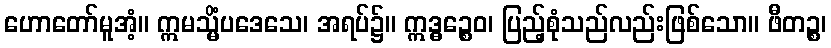
ဟောတော်မူအံ့။ ဣမသ္မိံပဒေသေ၊ အရပ်၌။ ဣဒ္ဓဉ္စေဝ၊ ပြည့်စုံသည်လည်းဖြစ်သော။ ဖီတဉ္စ၊